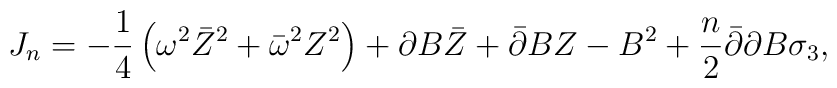
J_n=-\frac 14\left(\omega^2\bar Z^2 +\bar\omega^2Z^2\right) +\partial B\bar Z +\bar\partial BZ - B^2 +\frac n2\bar\partial\partial B\sigma_3,